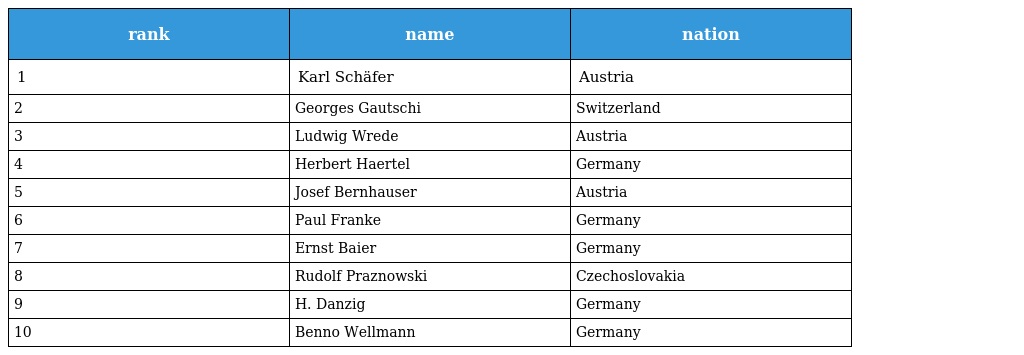
| rank | name | nation |
 | --- | --- | --- |
 | 1 | Karl Schäfer | Austria |
 | 2 | Georges Gautschi | Switzerland |
 | 3 | Ludwig Wrede | Austria |
 | 4 | Herbert Haertel | Germany |
 | 5 | Josef Bernhauser | Austria |
 | 6 | Paul Franke | Germany |
 | 7 | Ernst Baier | Germany |
 | 8 | Rudolf Praznowski | Czechoslovakia |
 | 9 | H. Danzig | Germany |
 | 10 | Benno Wellmann | Germany |